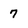
Character: 7